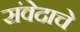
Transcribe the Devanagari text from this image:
संवेदाचे